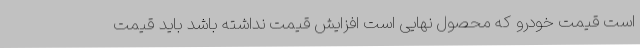
است قیمت خودرو که محصول نهایی است افزایش قیمت نداشته باشد باید قیمت